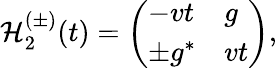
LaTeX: {\cal H}_{2}^{(\pm)}(t)=\left(\begin{array}{ll}{-vt}&{g}\\ {\pm g^{*}}&{vt}\end{array}\right),